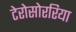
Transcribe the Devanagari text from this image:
टेरोसोररिया